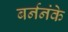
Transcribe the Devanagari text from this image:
बर्ननंके